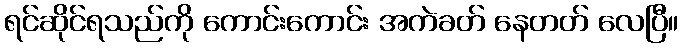
ရင်ဆိုင်ရသည်ကို ကောင်းကောင်း အကဲခတ် နေတတ် လေပြီ။